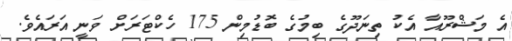
އެ މަޝްރޫއާ އެކު ތިނަދޫގެ ބިމުގެ ބޮޑުމިން 175 ހެކްޓަރަށް ވަނީ އަރައެވެ.